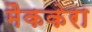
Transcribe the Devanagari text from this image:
मैककेरा